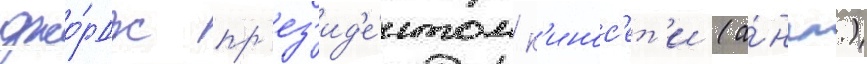
джо́рдж пр'ез'ид'е́нтом к'инос'ет'и (а́нгл.)